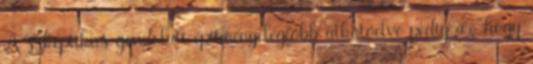
A szkeptikus gondolati építmény legfőbb alkotóelve pedig az, hogy